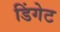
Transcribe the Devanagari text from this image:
डिंगेट